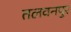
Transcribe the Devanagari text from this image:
तलवनपुर